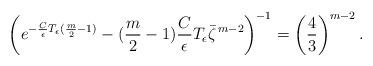
LaTeX: \begin{align*}\left(e^{-\frac{C}{\epsilon}T_\epsilon(\frac m2-1)}-(\frac m2-1)\frac{C}{\epsilon}T_\epsilon\bar \zeta^{\,m-2} \right)^{-1}=\left(\frac 43\right)^{m-2}.\end{align*}